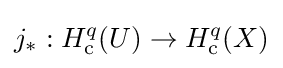
j_{*}:H_{\mathrm {c} }^{q}(U)\to H_{\mathrm {c} }^{q}(X)